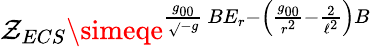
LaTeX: \mathcal{Z}_{ECS}\simeqe^{\frac{{g_{00}}}{{\sqrt{}{{-g}}}}\ BE_{r}-\left(\frac{{g_{00}}}{{r^{2}}}-\frac{{2}}{{\ell^{2}}}\right)B}